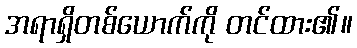
အရာရှိတစ်ယောက်ကို တင်ထား၏။